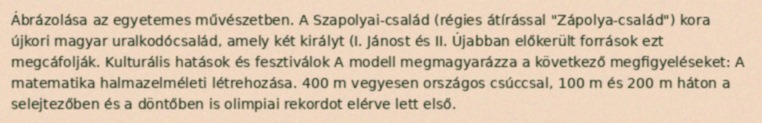
Ábrázolása az egyetemes művészetben. A Szapolyai-család (régies átírással "Zápolya-család") kora újkori magyar uralkodócsalád, amely két királyt (I. Jánost és II. Újabban előkerült források ezt megcáfolják. Kulturális hatások és fesztiválok A modell megmagyarázza a következő megfigyeléseket: A matematika halmazelméleti létrehozása. 400 m vegyesen országos csúccsal, 100 m és 200 m háton a selejtezőben és a döntőben is olimpiai rekordot elérve lett első.